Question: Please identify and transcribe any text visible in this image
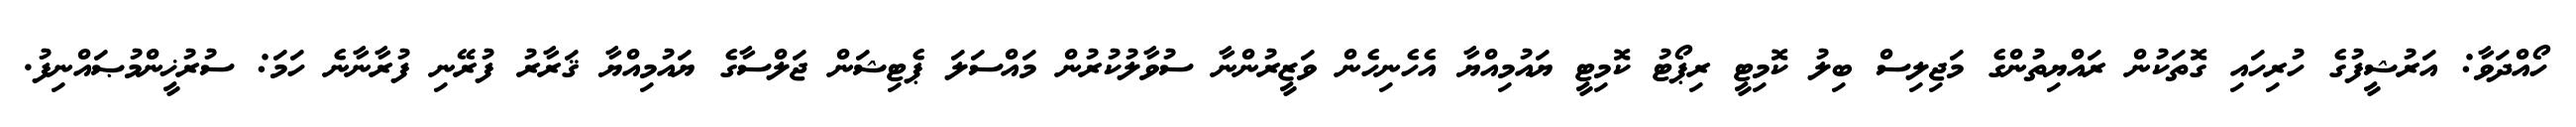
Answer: ހޯއްދަވާ: އަރުޝީފުގެ ހުރިހައި ގޮތަކުން ރައްޔިތުންގެ މަޖިލިސް ބިލު ކޮމިޓީ ރިޕޯޓު ކޮމިޓީ ޔައުމިއްޔާ އެހެނިހެން ވަޒީރުންނާ ސުވާލުކުރުން މައްސަލަ ޕެޓިޝަން ޖަލްސާގެ ޔައުމިއްޔާ ޤަރާރު ފުރޭނި ފުރާނާނެ ހަމަ: ސުރުޚީންމުޞައްނިފު.